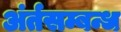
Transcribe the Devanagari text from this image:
अंर्तसम्बन्ध